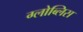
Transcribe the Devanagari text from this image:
ग्लोब्लिस